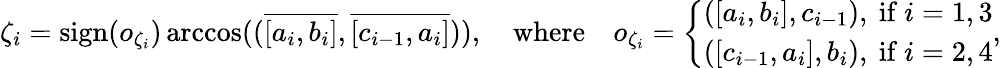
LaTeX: \zeta_{i}=\mathrm{sign}(o_{\zeta_{i}})\operatorname{arccos}((\overline{{[a_{i},b_{i}]}},\overline{{[c_{i-1},a_{i}]}})),\quad\mathrm{where}\quad o_{\zeta_{i}}=\left\{ \begin{array}{ll}{([a_{i},b_{i}],c_{i-1}),\mathrm{~if~}i=1,3}\\ {([c_{i-1},a_{i}],b_{i}),\mathrm{~if~}i=2,4}\end{array}\right.,